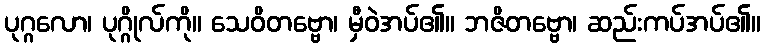
ပုဂ္ဂလော၊ ပုဂ္ဂိုလ်ကို။ သေဝိတဗ္ဗော၊ မှီဝဲအပ်၏။ ဘဇိတဗ္ဗော၊ ဆည်းကပ်အပ်၏။